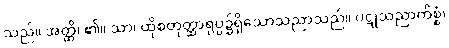
သည်။ အတ္ထိ၊ ၏။ သာ၊ ထိုစတုတ္ထာရုပ္ပ၌ရှိသောသညာသည်။ ပဋုသညာကိစ္စံ၊